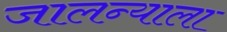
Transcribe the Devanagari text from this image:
जालन्याला